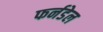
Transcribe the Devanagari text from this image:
फर्नडेल